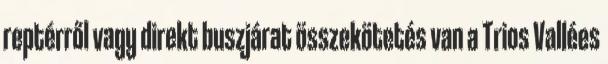
reptérről vagy direkt buszjárat összekötetés van a Trios Vallées